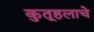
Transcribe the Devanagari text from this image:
कुतूहलाचे